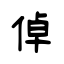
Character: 倬